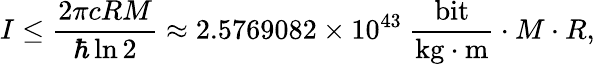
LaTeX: I\leq{\frac{2\pi cRM}{\hbar\ln 2}}\approx 2.5769082\times 10^{43}\ {\frac{\mathrm{bit}}{{\mathrm{kg}}\cdot{\mathrm{m}}}}\cdot M\cdot R,